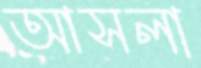
আসলা